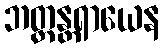
ဘတ္တန္တရာယေန